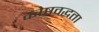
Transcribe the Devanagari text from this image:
कोष्ठवद्धता